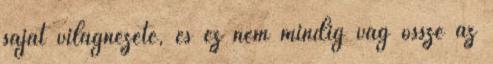
saját világnézete, és ez nem mindig vág össze az